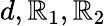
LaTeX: d,\mathbb{R}_{1},\mathbb{R}_{2}